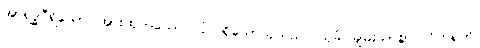
အာရဒ္ဓဝီရိယော၊ အားထုတ်သော လုံလရှိသောသူသည်။ သုခံ၊ ချမ်းသာစွာ။ ဝိဟရတိ၊